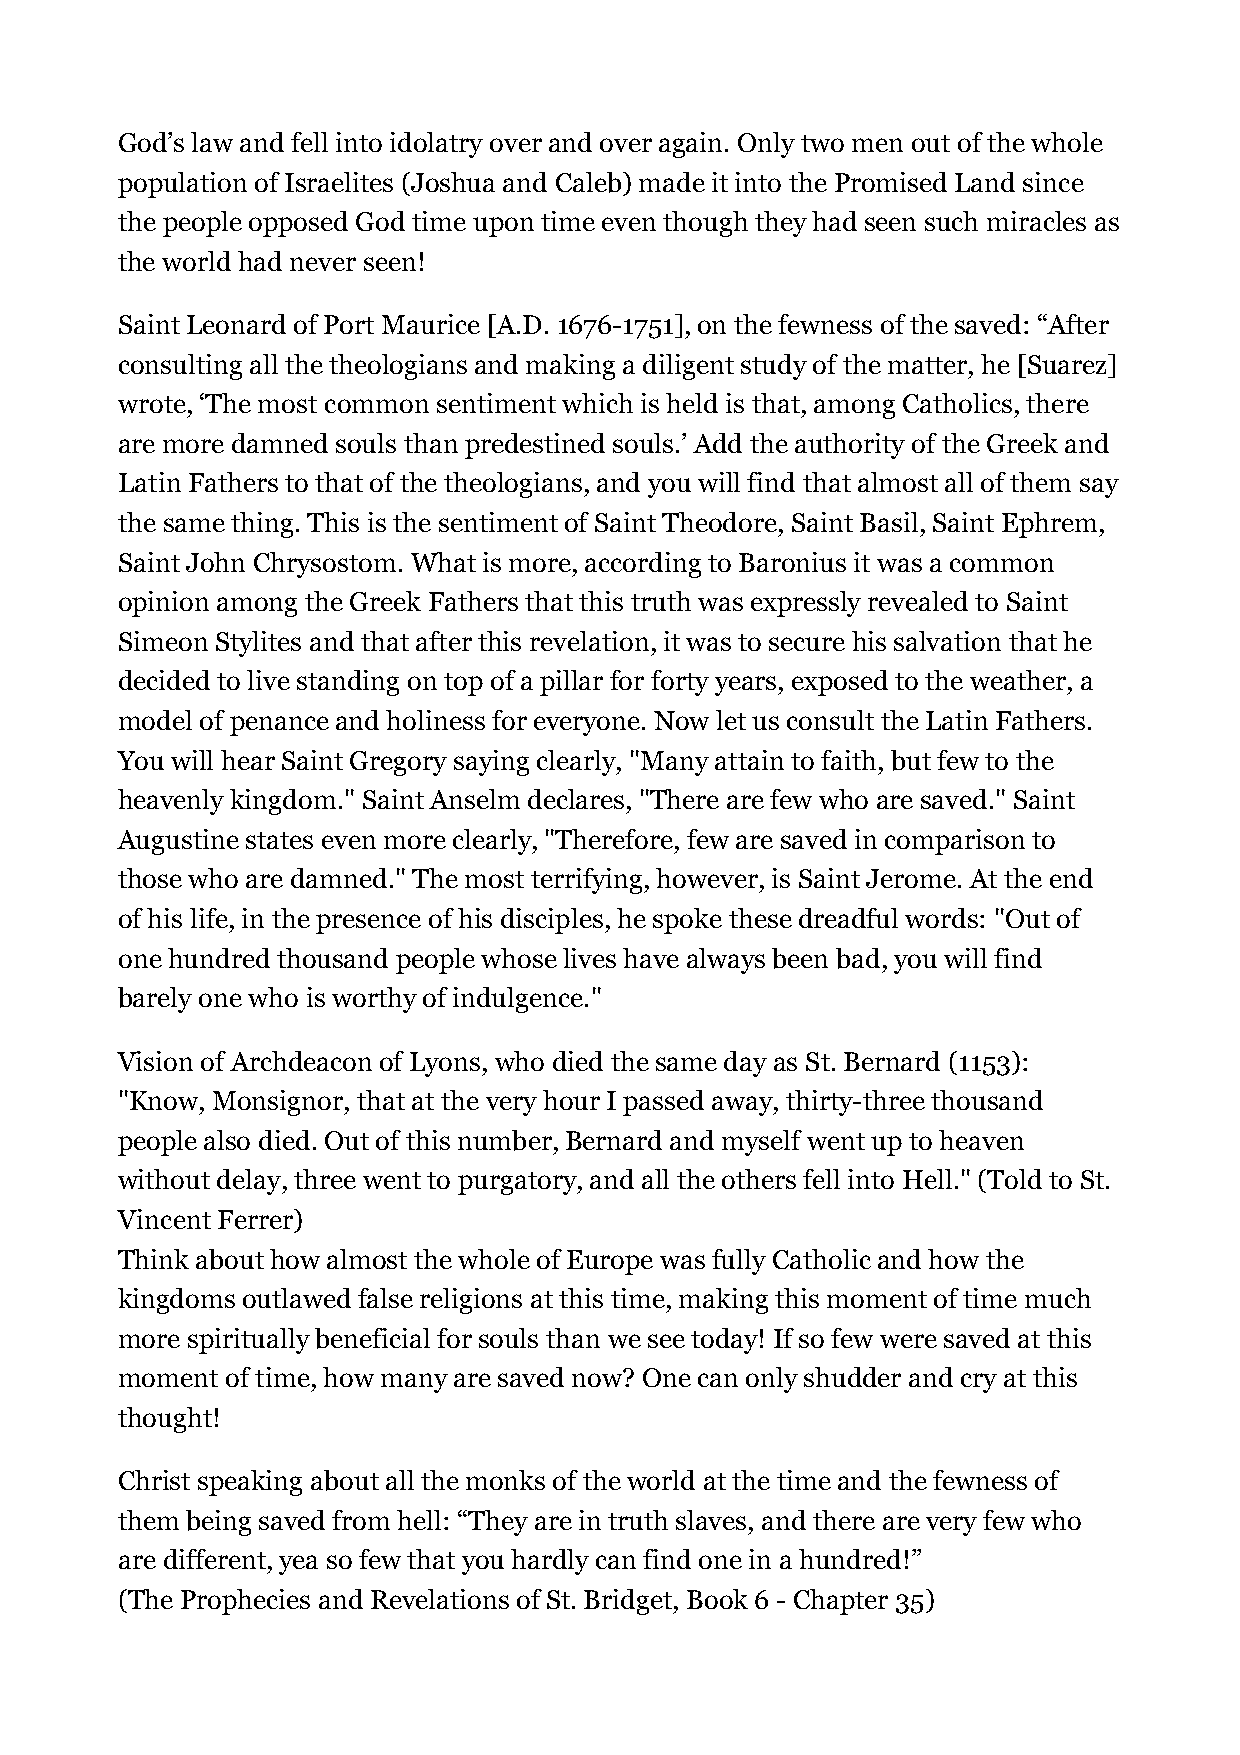
God’s law and fell into idolatry over and over again. Only two men out of the whole
 population of Israelites (Joshua and Caleb) made it into the Promised Land since
 the people opposed God time upon time even though they had seen such miracles as
 the world had never seen!
 Saint Leonard of Port Maurice [A.D. 1676-1751], on the fewness of the saved: “After
 consulting all the theologians and making a diligent study of the matter, he [Suarez]
 wrote, ‘The most common sentiment which is held is that, among Catholics, there
 are more damned souls than predestined souls.’ Add the authority of the Greek and
 Latin Fathers to that of the theologians, and you will find that almost all of them say
 the same thing. This is the sentiment of Saint Theodore, Saint Basil, Saint Ephrem,
 Saint John Chrysostom. What is more, according to Baronius it was a common
 opinion among the Greek Fathers that this truth was expressly revealed to Saint
 Simeon Stylites and that after this revelation, it was to secure his salvation that he
 decided to live standing on top of a pillar for forty years, exposed to the weather, a
 model of penance and holiness for everyone. Now let us consult the Latin Fathers.
 You will hear Saint Gregory saying clearly, "Many attain to faith, but few to the
 heavenly kingdom." Saint Anselm declares, "There are few who are saved." Saint
 Augustine states even more clearly, "Therefore, few are saved in comparison to
 those who are damned." The most terrifying, however, is Saint Jerome. At the end
 of his life, in the presence of his disciples, he spoke these dreadful words: "Out of
 one hundred thousand people whose lives have always been bad, you will find
 barely one who is worthy of indulgence."
 Vision of Archdeacon of Lyons, who died the same day as St. Bernard (1153):
 "Know, Monsignor, that at the very hour I passed away, thirty-three thousand
 people also died. Out of this number, Bernard and myself went up to heaven
 without delay, three went to purgatory, and all the others fell into Hell." (Told to St.
 Vincent Ferrer)
 Think about how almost the whole of Europe was fully Catholic and how the
 kingdoms outlawed false religions at this time, making this moment of time much
 more spiritually beneficial for souls than we see today! If so few were saved at this
 moment of time, how many are saved now? One can only shudder and cry at this
 thought!
 Christ speaking about all the monks of the world at the time and the fewness of
 them being saved from hell: “They are in truth slaves, and there are very few who
 are different, yea so few that you hardly can find one in a hundred!”
 (The Prophecies and Revelations of St. Bridget, Book 6 - Chapter 35)